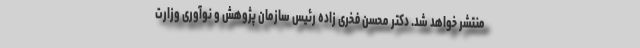
منتشر خواهد شد. دکتر محسن فخری زاده رئیس سازمان پژوهش و نوآوری وزارت